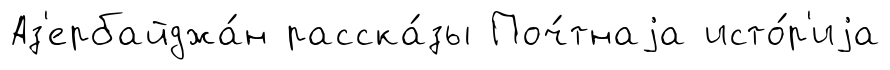
Аз'ербайджа́н расска́зы Поч́тнаjа исто́р'иjа